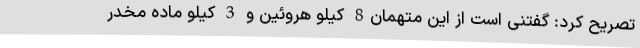
تصریح کرد: گفتنی است از این متهمان8 کیلو هروئین و 3 کیلو ماده مخدر